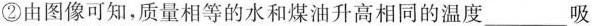
②由图像可知，质量相等的水和煤油升高相同的温度___吸